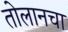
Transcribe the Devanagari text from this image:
तोलानचा